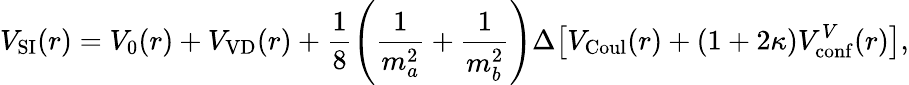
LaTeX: V_{\mathrm{SI}}(r)=V_{0}(r)+V_{\mathrm{VD}}(r)+\frac 18\left(\frac{1}{m_{a}^{2}}+\frac{1}{m_{b}^{2}}\right)\Delta\big[V_{\mathrm{Coul}}(r)+(1+2\kappa)V_{\mathrm{conf}}^{V}(r)\big],